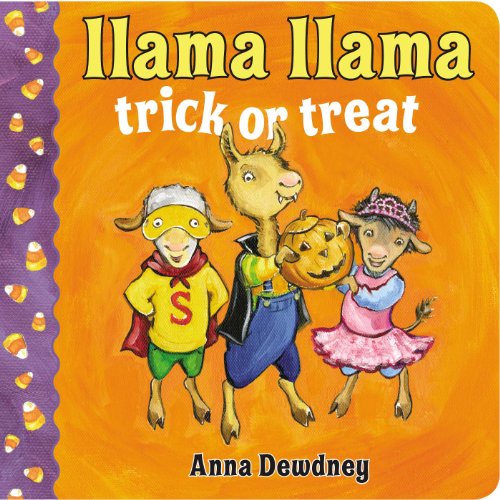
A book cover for Llama Llama Trick or Treat; Anna Dewdney; Children's Books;